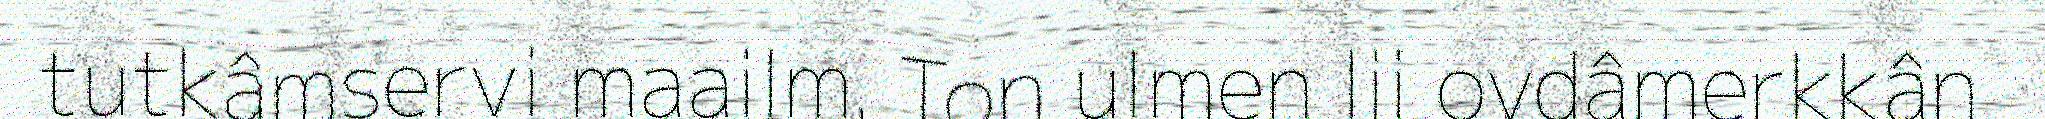
tutkâmservi maailm. Ton ulmen lii ovdâmerkkân